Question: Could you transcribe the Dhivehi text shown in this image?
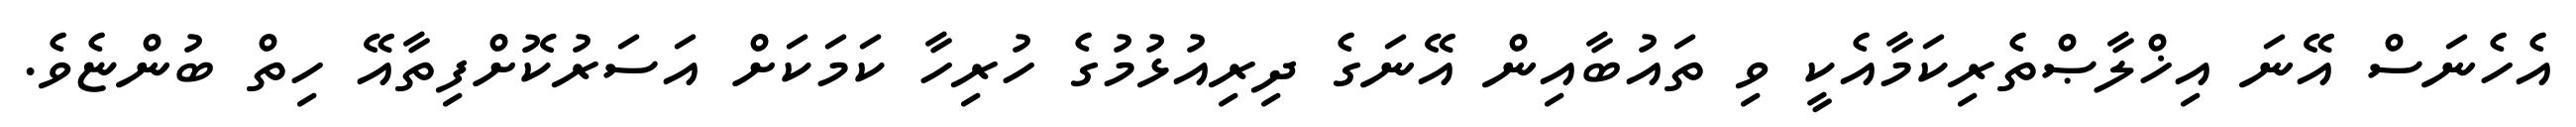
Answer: އެހެނަސް އޭނަ އިޚްލާޞްތެރިކަމާއެކީ ވި ތައުބާއިން އޭނަގެ ދިރިއުޅުމުގެ ހުރިހާ ކަމަކަށް އަސަރުކޮށްފިތާއޭ ހިތް ބުންޏެވެ.